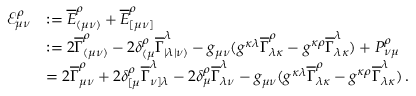
\begin{array} { r l } { \mathcal { E } _ { \mu \nu } ^ { \rho } } & { : = \overline { { E } } _ { ( \mu \nu ) } ^ { \rho } + \overline { { E } } _ { [ \mu \nu ] } ^ { \rho } } \\ & { : = 2 \overline { { \Gamma } } _ { ( \mu \nu ) } ^ { \rho } - 2 \delta _ { ( \mu } ^ { \rho } \overline { { \Gamma } } _ { | \lambda | \nu ) } ^ { \lambda } - g _ { \mu \nu } ( g ^ { \kappa \lambda } \overline { { \Gamma } } _ { \lambda \kappa } ^ { \rho } - g ^ { \kappa \rho } \overline { { \Gamma } } _ { \lambda \kappa } ^ { \lambda } ) + P ^ { \rho } _ { { \nu \mu } } } \\ & { = 2 \overline { { \Gamma } } _ { { \mu \nu } } ^ { \rho } + 2 \delta _ { [ { \mu } } ^ { \rho } \overline { { \Gamma } } _ { { \nu } ] \lambda } ^ { \lambda } - 2 \delta _ { { \mu } } ^ { \rho } \overline { { \Gamma } } _ { \lambda { \nu } } ^ { \lambda } - g _ { \mu \nu } ( g ^ { \kappa \lambda } \overline { { \Gamma } } _ { \lambda \kappa } ^ { \rho } - g ^ { \kappa \rho } \overline { { \Gamma } } _ { \lambda \kappa } ^ { \lambda } ) \, . } \end{array}